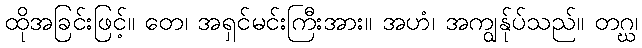
ထိုအခြင်းဖြင့်။ တေ၊ အရှင်မင်းကြီးအား။ အဟံ၊ အကျွန်ုပ်သည်။ တဂ္ဃ၊